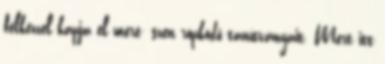
félkézzel kapja el meré- szen röpködő tanítványait. Mert itt